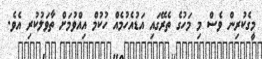
މީގެކުރިން ވެސް މި މަހުގެ ތެރޭގައި އަޑުއެހުމެއް ހުކުމް އިއްވުމަށް ތާވަލުކުރި އެވެ.